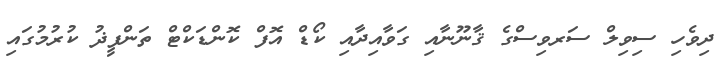
ދިވެހި ސިވިލް ސަރވިސްގެ ޤާނޫނާއި ގަވާއިދާއި ކޯޑް އޮފް ކޮންޑަކްޓް ތަންފީޛު ކުރުމުގައި